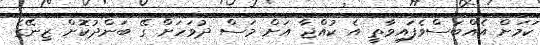
ކަމަށް އެއްބަސްވެފައިވާތީ އެ ކުއްޖާ އަށް މަސް ދުވަހަށް ގޭ ބަންދުކޮށް ޒިނޭގެ